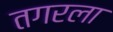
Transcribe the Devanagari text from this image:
तगरला